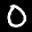
Label: 0